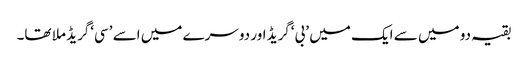
بقیہ دو میں سے ایک میں ’بی‘گریڈ اور دوسرے میں اسے ’سی‘گریڈ ملا تھا۔